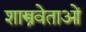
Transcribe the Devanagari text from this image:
शास्त्रवेताओं